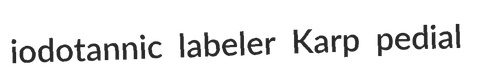
iodotannic labeler Karp pedial